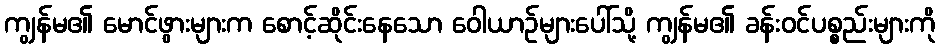
ကျွန်မ၏ မောင်ဖွားများက စောင့်ဆိုင်းနေသော ဝေါယာဉ်များပေါ်သို့ ကျွန်မ၏ ခန်းဝင်ပစ္စည်းများကို